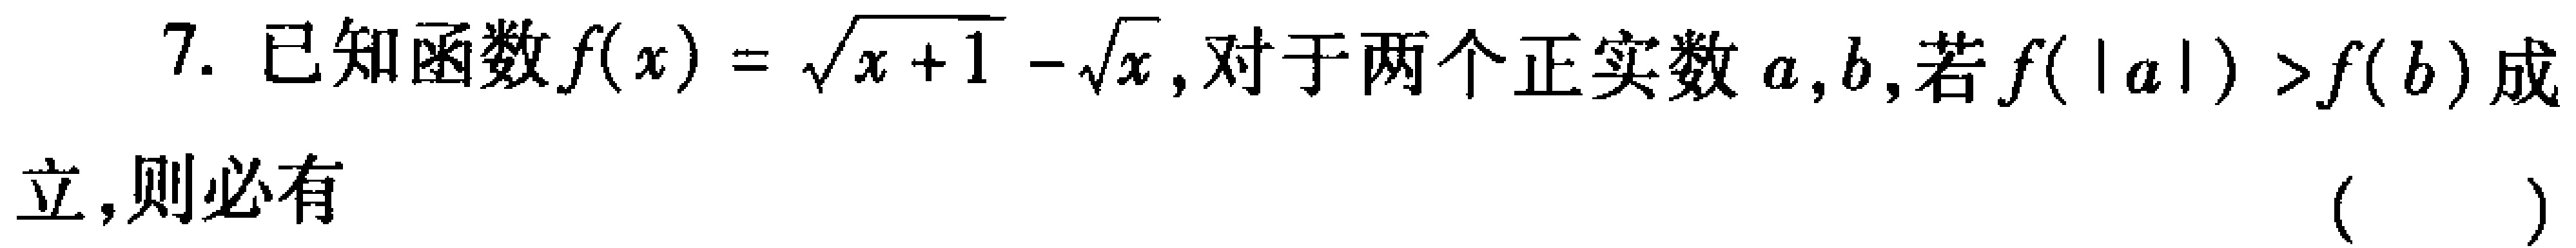
7. 已知函数$f(x)=\sqrt{x + 1}-\sqrt{x}$, 对于两个正实数$a,b$, 若$f(|a|)>f(b)$成

立, 则必有

( )